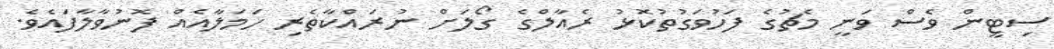
ސިޓީން ވެސް ވަނީ މެޗުގެ ފަހުވަގުތުކޮޅު ރެއާލްގެ ގޯލަށް ނުރައްކާތެރި ހަމަލާއެއް ފޮނުވާލާފައެވެ.